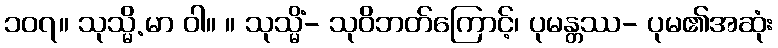
၁၀၇။ သုသ္မိ.မာ ဝါ။ ။ သုသ္မိံ- သုဝိဘတ်ကြောင့်၊ ပုမန္တဿ- ပုမ၏အဆုံး